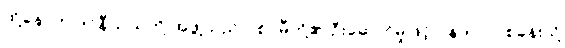
ထို့နောက် ဒင်နီယယ်တို့ အဖွဲ့သည် ပစ်ဂမီတို့၏ ဦးဆောင်မှုဖြင့် ဂွန်ဒါလာ စခန်းသို့